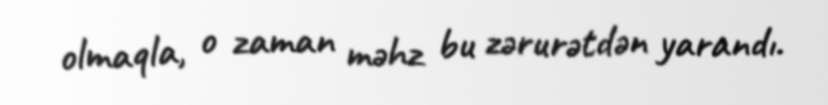
olmaqla, o zaman məhz bu zərurətdən yarandı.